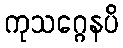
ကုသဂ္ဂေနပိ